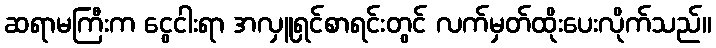
ဆရာမကြီးက ငွေငါးရာ အလှူရှင်စာရင်းတွင် လက်မှတ်ထိုးပေးလိုက်သည်။